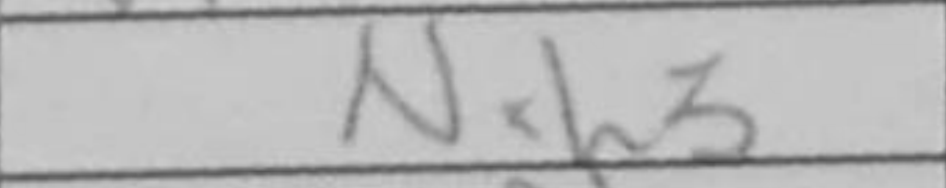
Transcription: Nxh3